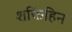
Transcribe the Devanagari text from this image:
शक्तिहिन